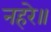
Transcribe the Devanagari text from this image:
नहरे॥